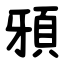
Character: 䪵